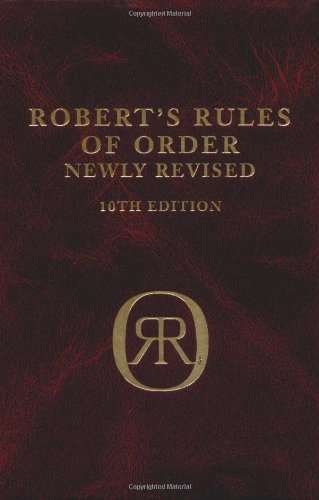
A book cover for Robert's Rules of Order (Newly Revised, 10th Edition); Henry M. Robert III; Reference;